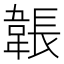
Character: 韔